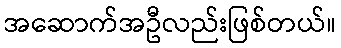
အဆောက်အဦလည်းဖြစ်တယ်။